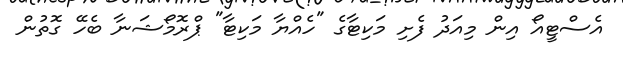
އެސްޓީއޯ އިން މިއަދު ފެށި މަކިޓާގެ "ހެއްޔާ މަކިޓާ" ޕްރޮމޯޝަނާ ބެހޭ ގޮތުން